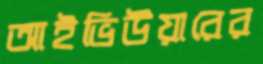
আইভিউয়ারের